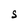
Character: S